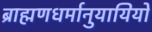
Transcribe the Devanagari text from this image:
ब्राह्मणधर्मानुयायियों